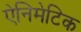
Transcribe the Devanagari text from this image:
ऐनिमेटिक